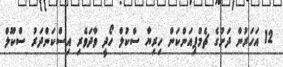
12 އަހަރުން ދަށުގެ ޗެމްޕިއަންކަން ހިރިޔާ ސްކުލް ހޯދީ ވާދަވެރި އިސްކަންދަރު ސްކޫލް